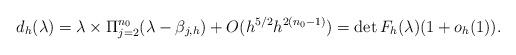
LaTeX: \begin{align*}d_h(\lambda)=\lambda\times \Pi_{j=2}^{n_0}(\lambda-\beta_{j,h}) +O(h^{5/2}h^{2(n_0-1)})=\det F_h(\lambda) (1+o_h(1)).\end{align*}